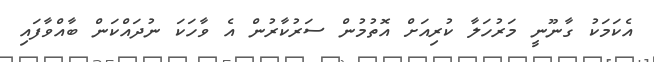
އެކަމަކު ގާނޫނީ މަރުހަލާ ކުރިއަށް އޮތުމުން ސަރުކާރުން އެ ވާހަކަ ނުދައްކަން ބާއްވާފައި